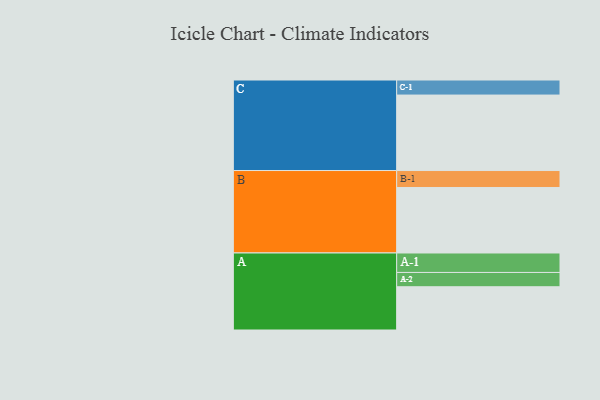
{"axis": {"x": "Segment", "y": "Value"}, "legend": ["", "A", "B", "C"], "data": [{"x": "A", "y": 342, "type": ""}, {"x": "B", "y": 518, "type": ""}, {"x": "C", "y": 597, "type": ""}, {"x": "A-1", "y": 154, "type": "A"}, {"x": "A-2", "y": 113, "type": "A"}, {"x": "B-1", "y": 134, "type": "B"}, {"x": "C-1", "y": 119, "type": "C"}]}